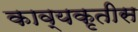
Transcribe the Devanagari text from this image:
काव्यकृतीस